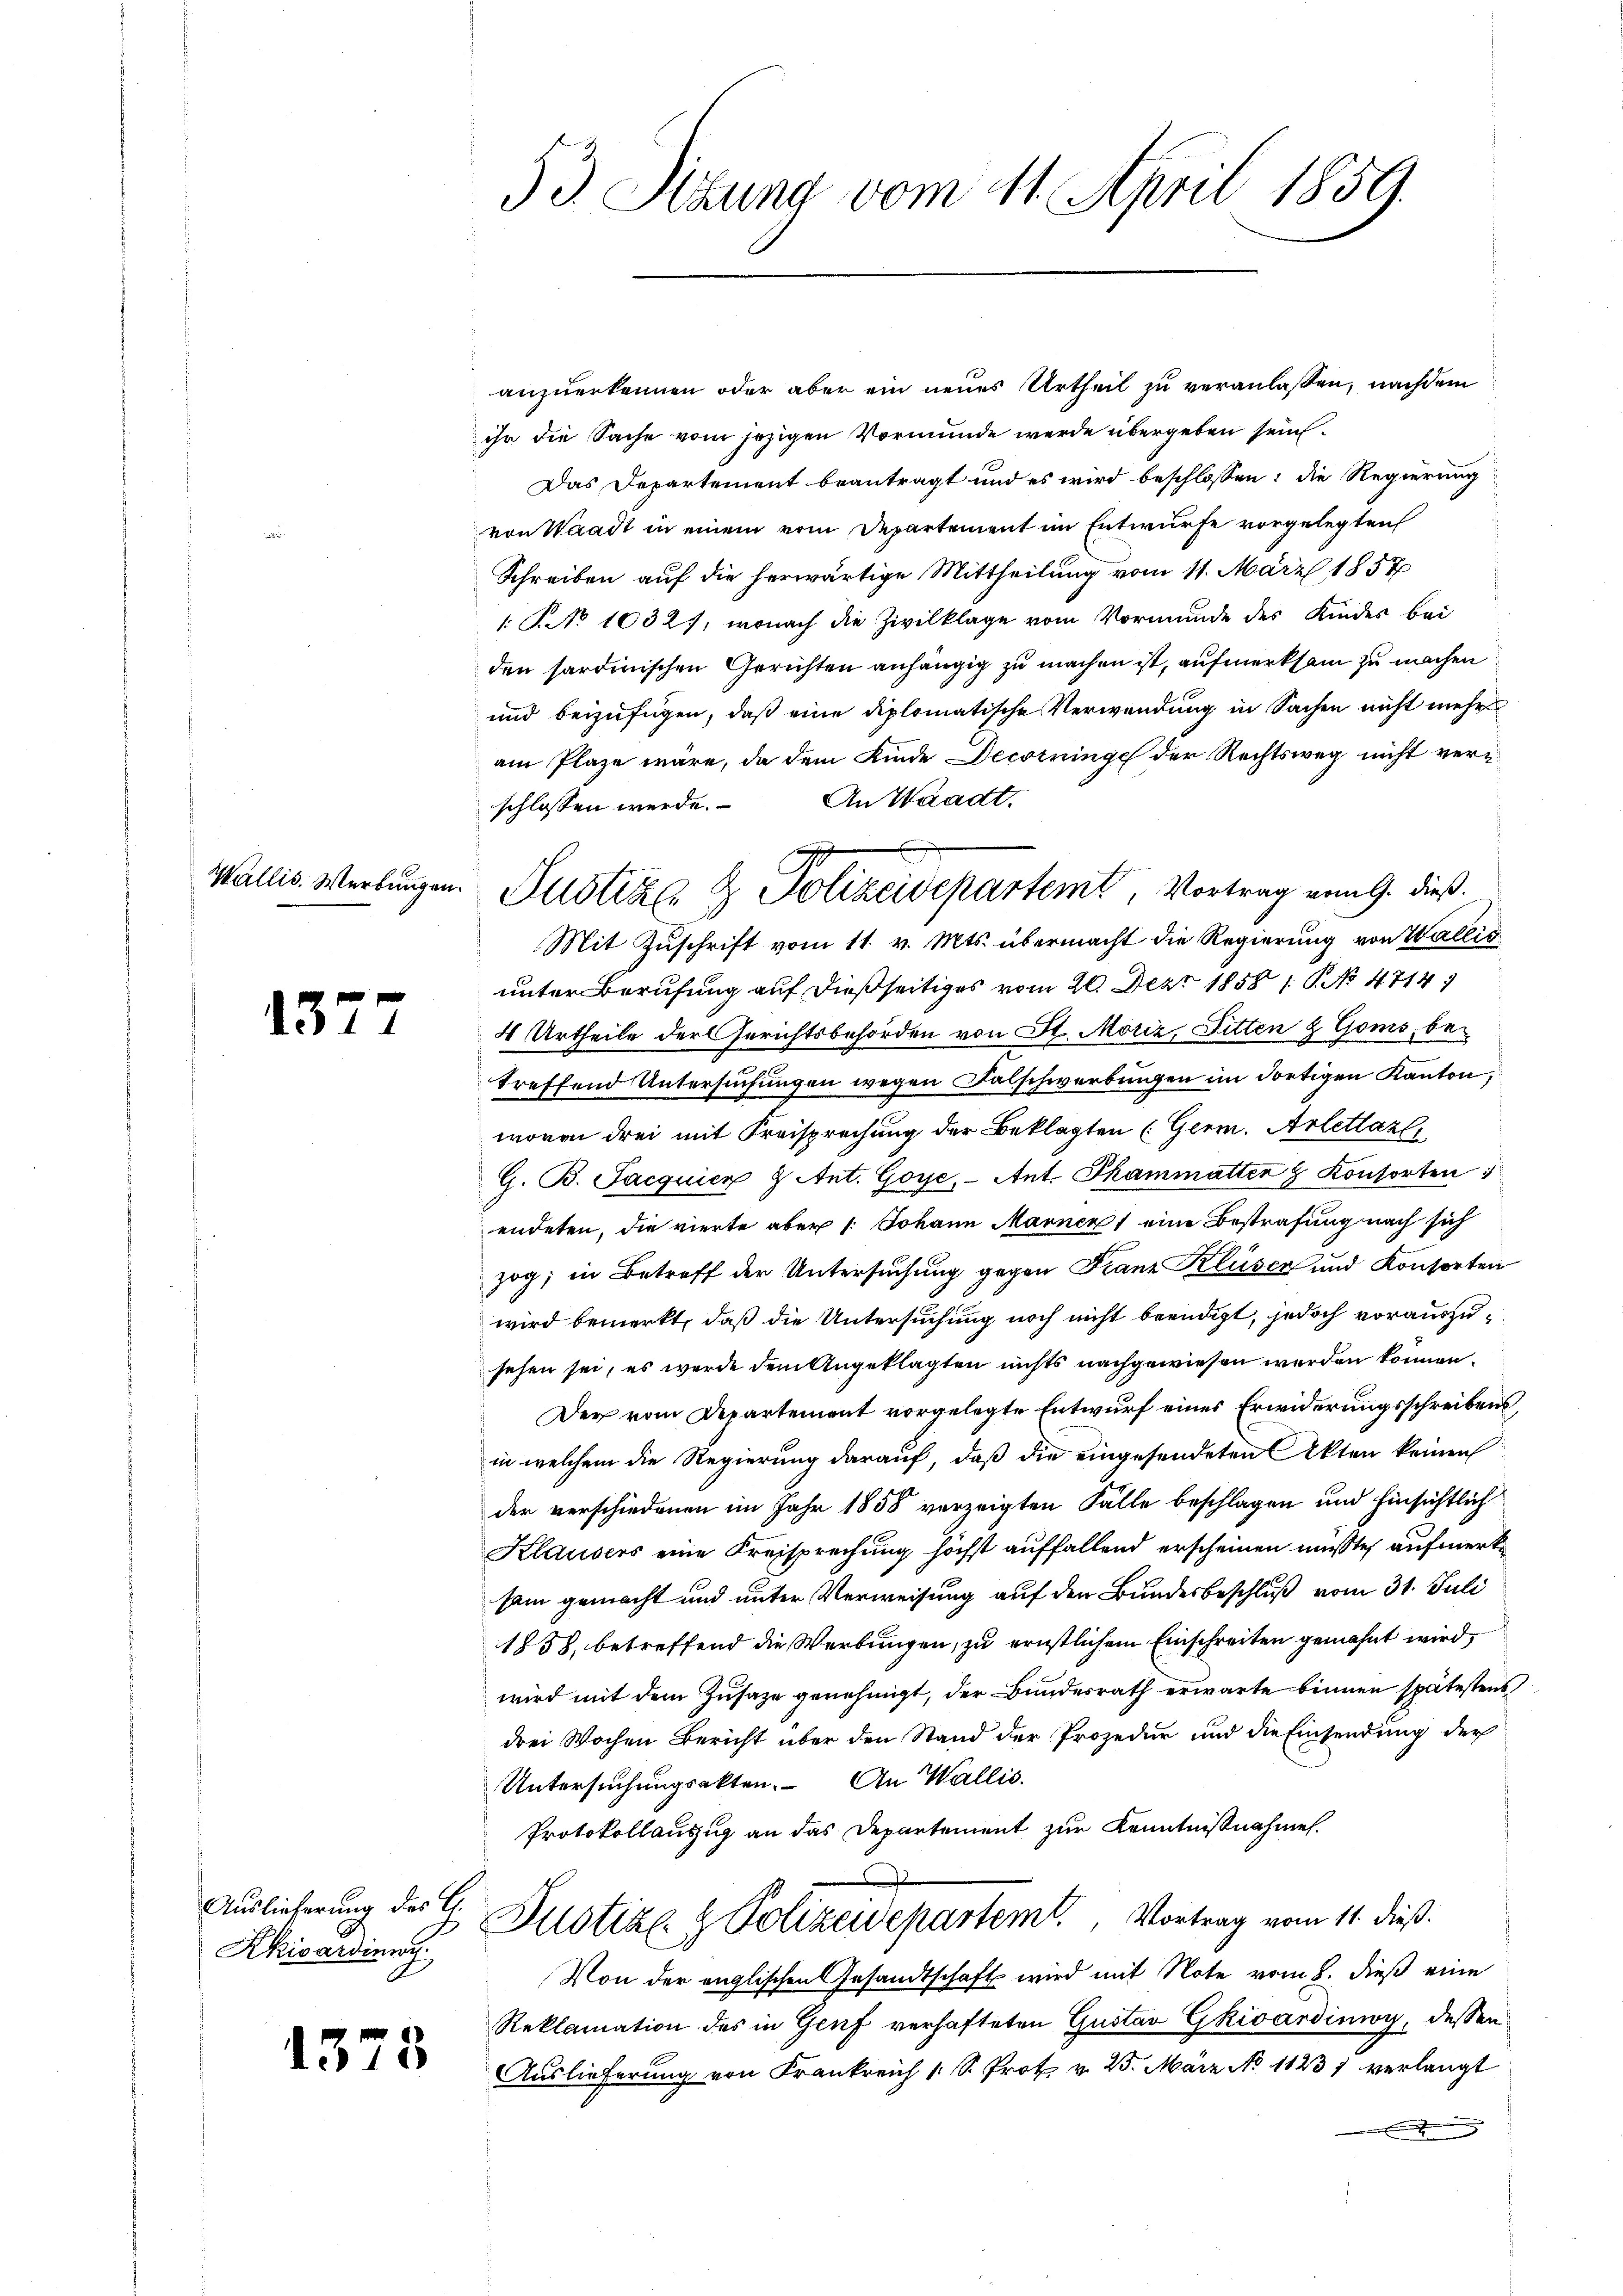
Wallis. Werbungen

15

Auslieferung des C.
Kkiardieng

1373

3 d. Sitzung vom 11. April 1859.

anzuerkennen oder aber ein neues Urtheil zu veranlassen, nachdem
ihr die Sache vom jezigen Vormunde werde übergeben sein.
Das Departement beantragt und es wird beschlossen: die Regierung
von Waadt in einem vom Departement im Entwurfe vorgelegten
Schreiben auf die herwärtige Mittheilung vom 11. März 1857
1 No 1032), wonach die Zivilklage vom Vormunde des Kindes bei
den sardinischen Gerichten anhängig zu machen ist, aufmerksam zu machen
und beizufügen, daß eine diplomatische Verwendung in Sachen nicht mehr
am Plaze wäre, da dem Kinde Decorringe der Rechtsweg nicht ver¬
An Waadt.
schlossen werde.
Mit Zuschrift vom 11. v. Mts. übermacht die Regierung von Wallis
unter Berufung auf dießseitiges vom 20. Dez. 1858 / No 47149
4 Urtheile der Gerichtsbehörden von St. Moriz, Ditten & Goms, betreffend Untersuchungen wegen Falschwerbungen im dortigen Kanton,
wovon drei mit Freisprechung der Beklagten (Germ. Arlettaz
G. B. Jacquien 9. Ant. Goye, Ant. Thammatter & Konsorten
endeten, die vierte aber 1. Johann Marnen eine Bestrafung nach sich
zog; in Betreff der Untersuchung gegen Franz Kluser und Konsorten
wird bemerkt, daß die Untersuchung noch nicht beendigt, jedoch vorauszusehen sei, es wurde dem Angeklagten nichts nachgewiesen werden können.
Der vom Departement vorgelegte Entwurf eines Erwiderungsschreibens,
in welchem die Regierung darauf, daß die eingesendeten Akten keinen
der verschiedenen im Jahr 1858 verzeigten Falle beschlagen und hinsichtlich
Klausers eine Kreisprechung höchst auffallend erscheinen musste, aufmerk
sam gemacht und unter Verweisung auf den Bundesbeschluß vom 31. Juli
1838, betreffend die Werbungen, zu ernstlichem Einschreiten gemahnt wird,
wird mit dem Zusaze genehmigt, der Bundesrath erwarte binnen spätestens
drei Wochen Bericht über den Stand der Prozedur und die Einsendung der
Untersuchungsakten. An Wallis.
Protokollauszug an das Departement zur Kenntnißnahmen.
Pustiz- & Polizeidepartemt. Vortrag vom 11. dieß.
Von der englischen Gesandtschaft wird mit Note vom 8. dieß eine
Reklamation des in Genf verhafteten Gustav Gkivárdimoy, dessen
Auslieferung von Frankreich 1 S. Prot v. 25. März No 1123) verlangt
.

Justiz & Polizeidepartemt, Vortrag vom 9. dieß.